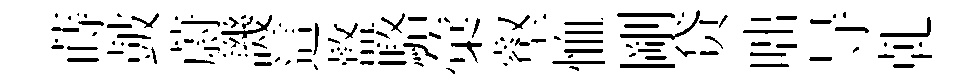
蒔皷蔚譏這盩駱彙壑恤剛贷咄㝵乹